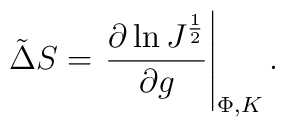
\tilde\Delta S=\left. {\partial \ln J^{1\over 2}\over \partial  g }\right|_{\Phi,K}.